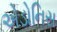
એડોનિસ